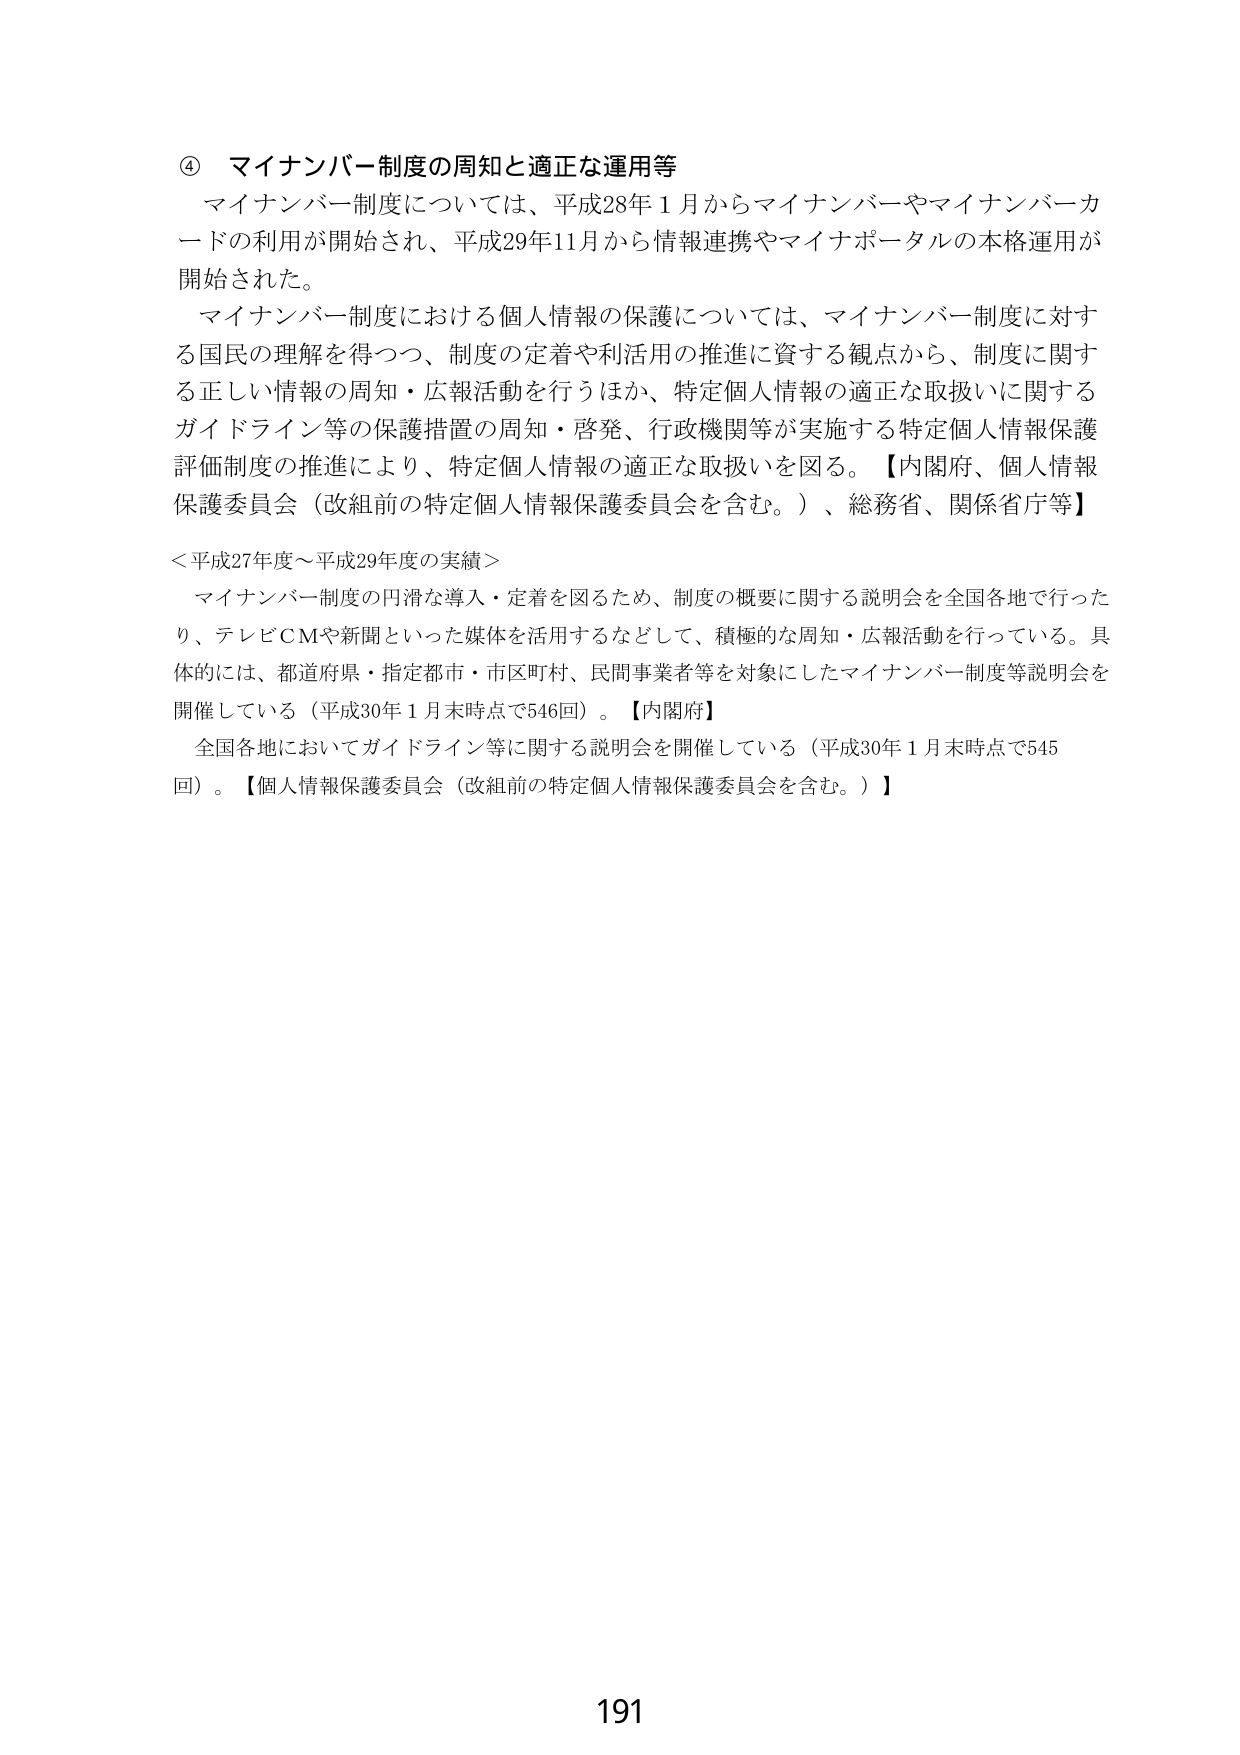
④ マイナンバー制度の周知と適正な運用等
マイナンバー制度については、平成28年1月からマイナンバーやマイナンバーカードの利用が開始され、平成29年11月から情報連携やマイナポータルの本格運用が開始された。
マイナンバー制度における個人情報の保護については、マイナンバー制度に対する国民の理解を得つつ、制度の定着や利活用の推進に資する観点から、制度に関する正しい情報の周知・広報活動を行うほか、特定個人情報の適正な取扱いに関するガイドライン等の保護措置の周知・啓発、行政機関等が実施する特定個人情報保護評価制度の推進により、特定個人情報の適正な取扱いを図る。【内閣府、個人情報保護委員会（改組前の特定個人情報保護委員会を含む。）、総務省、関係省庁等】

＜平成27年度～平成29年度の実績＞
マイナンバー制度の円滑な導入・定着を図るため、制度の概要に関する説明会を全国各地で行ったり、テレビCMや新聞といった媒体を活用するなどして、積極的な周知・広報活動を行っている。具体的には、都道府県・指定都市・市区町村、民間事業者等を対象にしたマイナンバー制度等説明会を開催している（平成30年1月末時点で546回）。【内閣府】
全国各地においてガイドライン等に関する説明会を開催している（平成30年1月末時点で545回）。【個人情報保護委員会（改組前の特定個人情報保護委員会を含む。）】

191